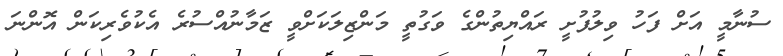
ސުނާމީ އަށް ފަހު ވިލުފުށީ ރައްޔިތުންގެ ވަގުތީ މަންޒިލަކަށްވީ ޒަމާނުއްސުރެ އެކުވެރިކަން އޮންނަ